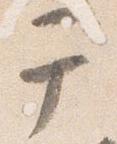
于